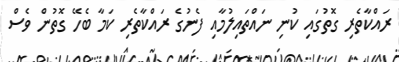
ރައްކާތެރި ގޮތުގައި ކުނި ނައްތައިލުމާއި ފެނުގެ ރައްކާތެރި ކަމާ ބެހޭ ގޮތުން ވެސް